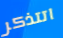
اتتذكر